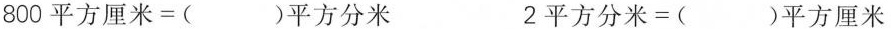
800平方厘米=( )平方分米 2平方分米=( )平方厘米